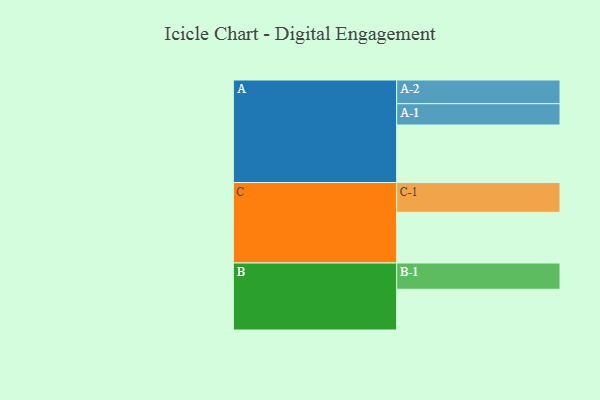
{"axis": {"x": "Segment", "y": "Value"}, "legend": ["", "A", "B", "C"], "data": [{"x": "A", "y": 534, "type": ""}, {"x": "B", "y": 378, "type": ""}, {"x": "C", "y": 471, "type": ""}, {"x": "A-1", "y": 198, "type": "A"}, {"x": "A-2", "y": 220, "type": "A"}, {"x": "B-1", "y": 244, "type": "B"}, {"x": "C-1", "y": 276, "type": "C"}]}